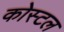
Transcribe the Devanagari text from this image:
कोस्‍टल